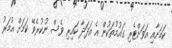
ކަމަށާއި އަވަށްޓެރި ގައުމުތަކުން އެ އަދަދާ ކައިރި ވެސް ނުކުރެވޭ ކަމަށް އުމަރު